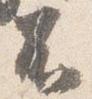
不